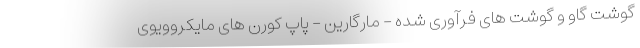
گوشت گاو و گوشت های فرآوری شده - مارگارین - پاپ کورن های مایکروویوی